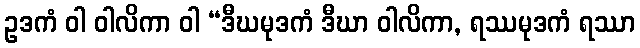
ဥဒကံ ဝါ ဝါလိကာ ဝါ “ဒီဃမုဒကံ ဒီဃာ ဝါလိကာ, ရဿမုဒကံ ရဿာ